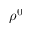
\rho ^ { 0 }